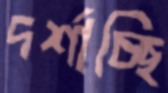
দর্শাচ্ছি